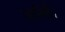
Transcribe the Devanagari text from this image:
जानिहैं।